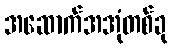
အဆောက်အအုံတစ်ခု